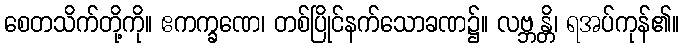
စေတသိက်တို့ကို။ ဧကက္ခဏေ၊ တစ်ပြိုင်နက်သောခဏ၌။ လဗ္ဘန္တိ၊ ရအပ်ကုန်၏။